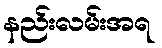
နည်းလမ်းအရ